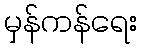
မှန်ကန်ရေး